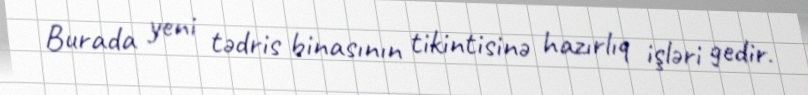
Burada yeni tədris binasının tikintisinə hazırlıq işləri gedir.